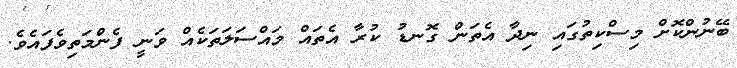
ބޭނުންކޮށް މިސްކިތުގައި ނިދާ އެތަން ގޮނޑު ކުރާ އެތައް މައްސަލަތަކެއް ވަނީ ފެންމަތިވެފައެވެ.